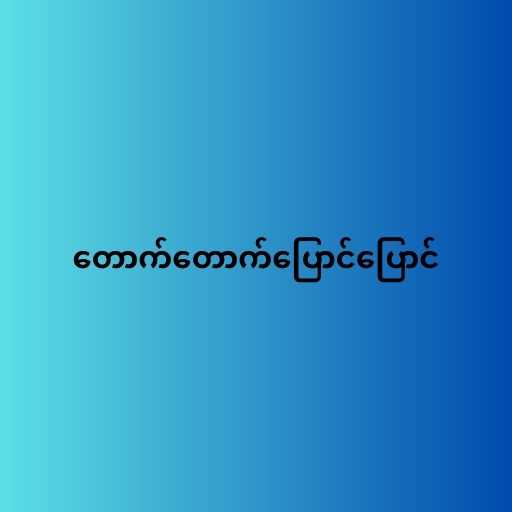
တောက်တောက်ပြောင်ပြောင်